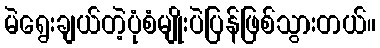
မဲရွေးချယ်တဲ့ပုံစံမျိုးပဲပြန်ဖြစ်သွားတယ်။